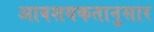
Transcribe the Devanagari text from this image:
आवशयकतानुसार